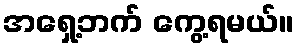
အရှေ့ဘက် ကွေ့ရမယ်။